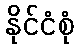
နိုင်ငံစုံ